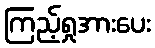
ကြည့်ရှုအားပေး